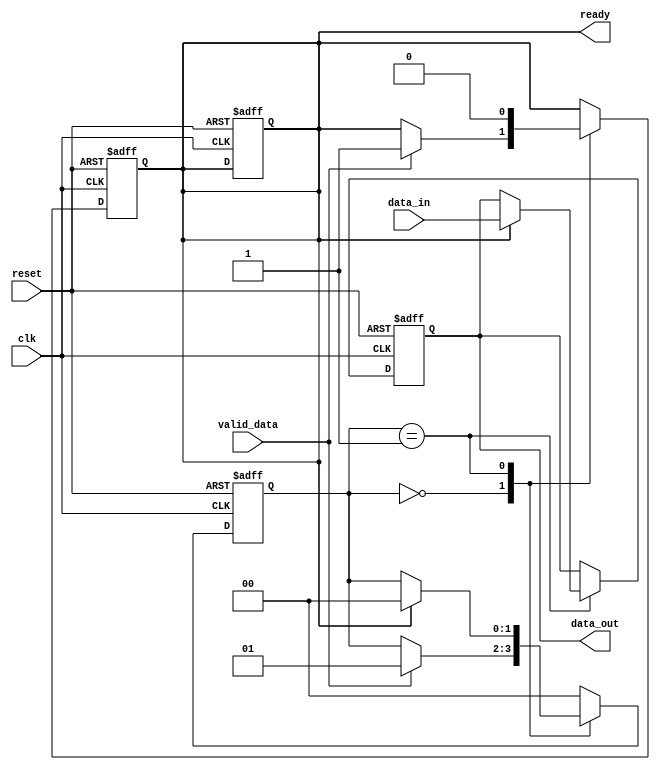
module ready_valid_handshake (
    input wire clk,                  // Clock input
    input wire reset,                // Asynchronous reset
    input wire valid_data,           // Indicates valid data from sender
    input wire [7:0] data_in,        // Data input to be sent
    output reg ready,                // Ready signal to sender
    output reg [7:0] data_out        // Data output for receiver
);

// Sender state
reg [1:0] sender_state;
localparam S_IDLE = 2'b00,
           S_VALIDATING = 2'b01,
           S_SENDING = 2'b10;

// Receiver state
reg [1:0] receiver_state;
localparam R_IDLE = 2'b00,
           R_RECEIVING = 2'b01;

// State machine for sender
always @(posedge clk or posedge reset) begin
    if (reset) begin
        sender_state <= S_IDLE;
        ready <= 1'b0;  // Default ready to low
    end else begin
        case (sender_state)
            S_IDLE: begin
                if (valid_data) begin
                    sender_state <= S_VALIDATING;
                end
            end
            
            S_VALIDATING: begin
                if (ready) begin
                    sender_state <= S_SENDING;
                end
            end
            
            S_SENDING: begin
                if (!valid_data) begin  // No more valid data
                    sender_state <= S_IDLE;
                end
            end
            
            default: sender_state <= S_IDLE;
        endcase
    end
end

// State machine for receiver
always @(posedge clk or posedge reset) begin
    if (reset) begin
        receiver_state <= R_IDLE;
        ready <= 1'b0;  // Default ready to low
        data_out <= 8'b0; // Initialize data output
    end else begin
        case (receiver_state)
            R_IDLE: begin
                if (valid_data) begin
                    ready <= 1'b1; // Indicate ready to receive
                    receiver_state <= R_RECEIVING;
                end
            end
            
            R_RECEIVING: begin
                if (ready) begin
                    data_out <= data_in; // Capture the data
                    ready <= 1'b0;  // Deassert ready after receiving
                    receiver_state <= R_IDLE; // Go back to idle
                end
            end
            
            default: receiver_state <= R_IDLE;
        endcase
    end
end

endmodule